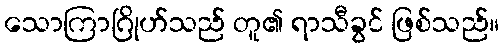
သောကြာဂြိုဟ်သည် တူ၏ ရာသီခွင် ဖြစ်သည်။